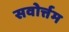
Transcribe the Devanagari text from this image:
सवोर्त्तम